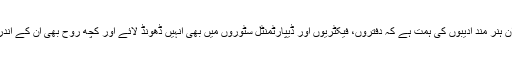
یہ تو ہمارے ان ہنر مند ادیبوں کی ہمت ہے کہ دفتروں، فیکٹریوں اور ڈیپارٹمنٹل سٹوروں میں بھی انہیں ڈھونڈ لائے اور کچھ روح بھی ان کے اندر پھونک ڈالی۔